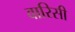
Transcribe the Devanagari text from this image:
वारिसी